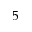
5